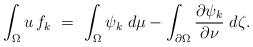
LaTeX: \begin{align*}\int_\Omega u\,f_k\ =\ \int_\Omega\psi_k\;d\mu-\int_{\partial\Omega}\frac{\partial\psi_k}{\partial\nu}\;d\zeta.\end{align*}